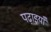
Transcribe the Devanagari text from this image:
पढ़ाइयाँ